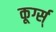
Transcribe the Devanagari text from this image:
कूर्ग्स्